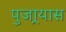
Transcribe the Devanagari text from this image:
पुजार्‍यास